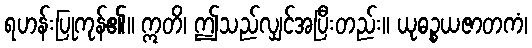
ရဟန်းပြုကုန်၏။ ဣတိ၊ ဤသည်လျှင်အပြီးတည်း။ ယုဓဉ္စယဇာတကံ၊